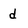
Character: d